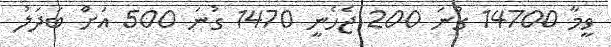
ވީމާ 14700 ގުނަ 200 ޖެހެނީ 1470 ގުނަ 500 އަށް ބަދަލު